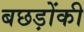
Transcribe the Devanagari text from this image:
बछड़ोंकी